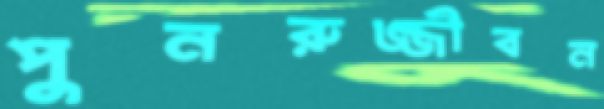
পুনরুজ্জীবন